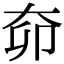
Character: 奅